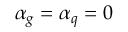
\alpha _ { g } = \alpha _ { q } = 0